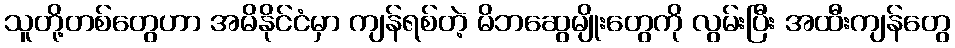
သူတို့တစ်တွေဟာ အမိနိုင်ငံမှာ ကျန်ရစ်တဲ့ မိဘဆွေမျိုးတွေကို လွမ်းပြီး အထီးကျန်တွေ